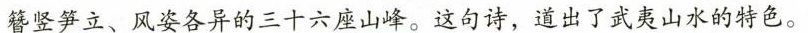
簪竖笋立、风姿各异的三十六座山峰。这句诗，道出了武夷山水的特色。